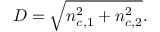
D = \sqrt { n _ { c , 1 } ^ { 2 } + n _ { c , 2 } ^ { 2 } } .